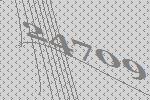
24709